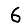
Digit: 6